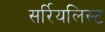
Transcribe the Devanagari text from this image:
सर्रियलिस्ट